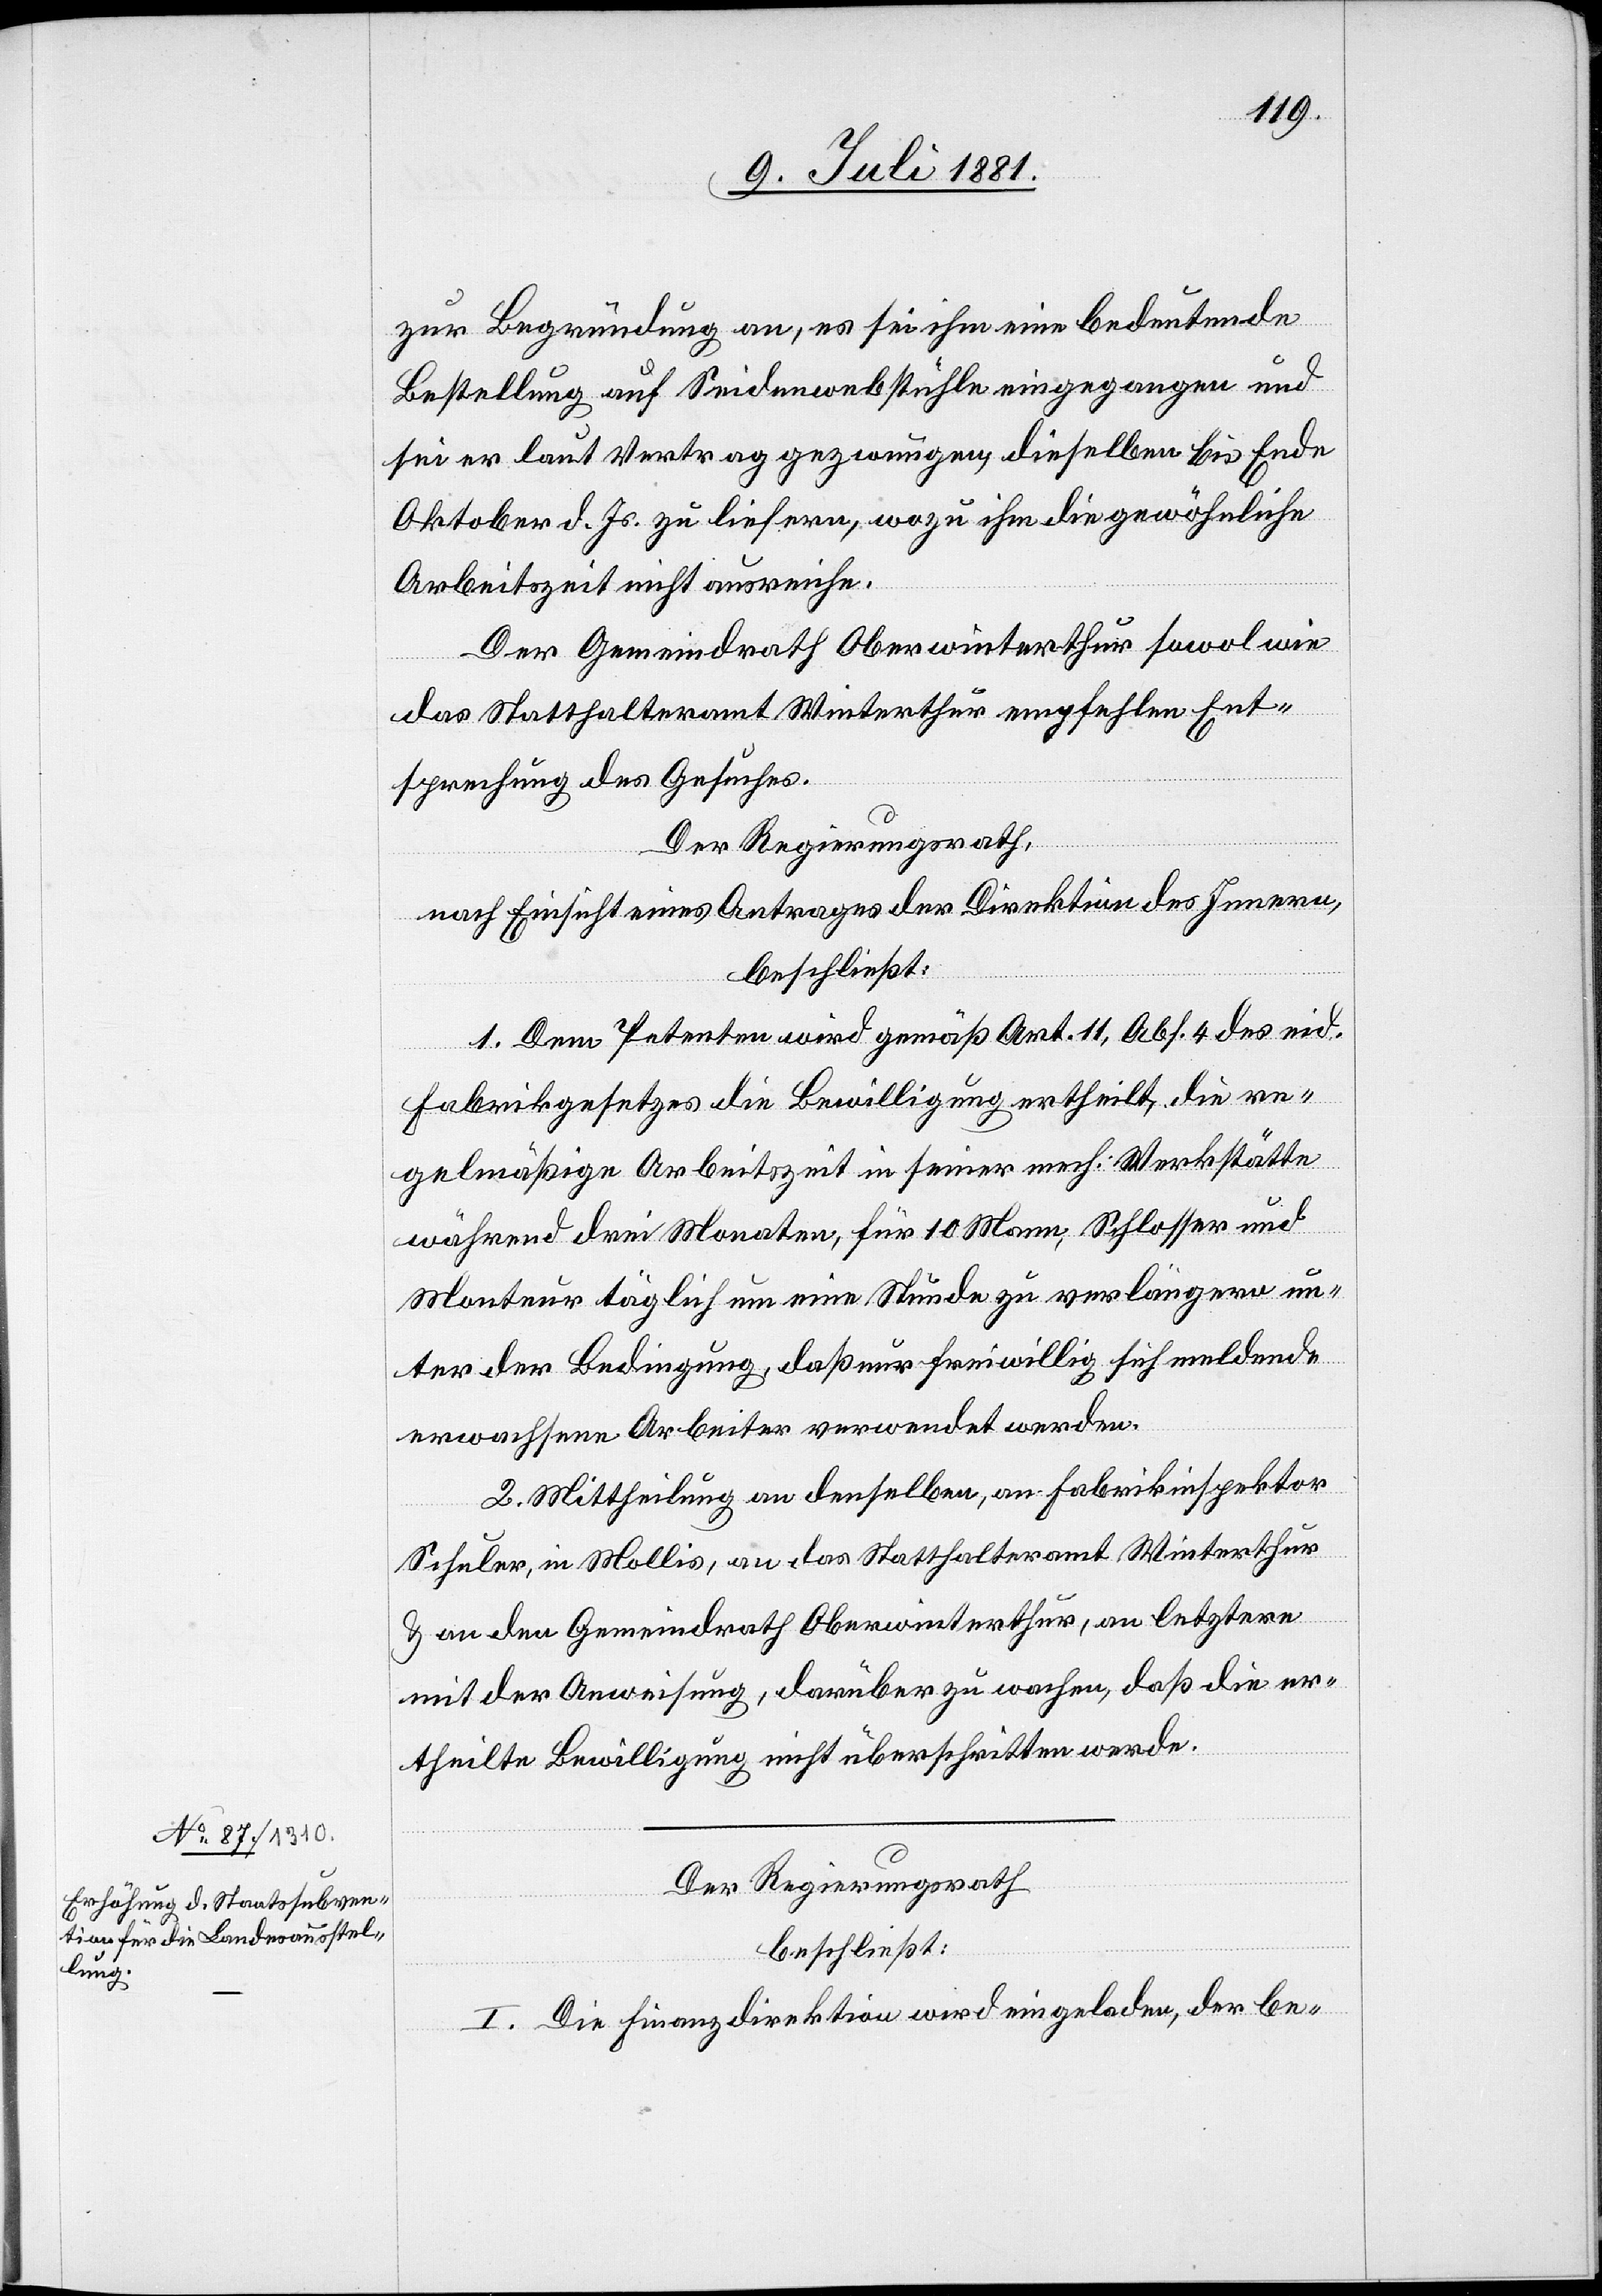
zur Begründung an, es sei ihm eine bedeutende
Bestellung auf Seidenwebstühle eingegangen und
sei er laut Vertrag gezwungen dieselben bis Ende
Oktober d. Js. zu liefern, wozu ihm die gewöhnliche
Arbeitszeit nicht ausreiche.
Der Gemeindrath Oberwinterthur sowol wie
das Statthalteramt Winterthur empfehlen Ent¬
sprechung des Gesuches.
Der Regierungsrath,
nach Einsicht eines Antrages der Direktion des Innern,
beschließt:
1. Dem Petenten wird gemäß Art. 11, Abs. 4 des eid.
Fabrikgesetzes die Bewilligung ertheilt, die re¬
gelmäßige Arbeitszeit in seiner mech. Werkstätte
während drei Monaten, für 10 Mann, Schlosser und
Monteur täglich um eine Stunde zu verlängern un¬
ter der Bedingung, daß nur freiwillig sich meldende
erwachsene Arbeiter verwendet werden.
2. Mittheilung an denselben, an Fabrikinspektor
Schuler, in Mollis, an das Statthalteramt Winterthur
& an den Gemeindrath Oberwinterthur, an letztern
mit der Anweisung, darüber zu wachen, daß die er¬
theilte Bewilligung nicht überschritten werde.
Der Regierungsrath
beschließt:
I. Die Finanzdirektion wird eingeladen, der be-